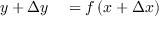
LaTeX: \begin{array} { r l } { y + \Delta y } & { { } = f \left( x + \Delta x \right) } \end{array}